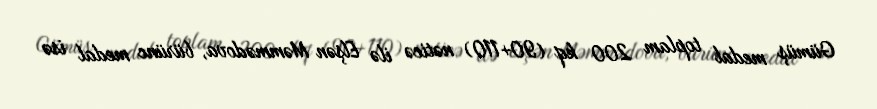
Gümüş medal toplam 200 kq (90+110) nəticə ilə Elşən Məmmədova, bürünc medal isə